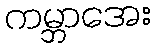
ကမ္ဘာအေး